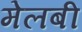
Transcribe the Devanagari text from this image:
मेलबी